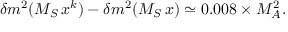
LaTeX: \delta m ^ { 2 } ( M _ { S } \, x ^ { k } ) - \delta m ^ { 2 } ( M _ { S } \, x ) \simeq 0 . 0 0 8 \times M _ { A } ^ { 2 } .